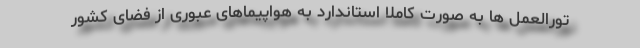
تورالعمل ها به صورت کاملا استاندارد به هواپیماهای عبوری از فضای کشور